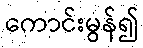
ကောင်းမွန်၍